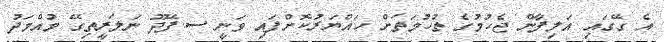
އެ ގޭގައި އަލިފާން ޖެހުމުގެ ތުހުމަތަށް ހައްޔަރުކޮށްފައި ވަނީ ސ.ފޭދޫ ނަލަރީތިގޭ މުއްމަދު